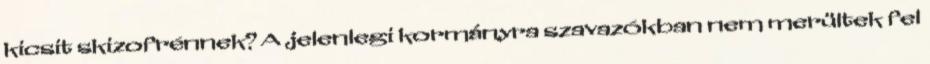
kicsit skizofrénnek? A jelenlegi kormányra szavazókban nem merültek fel